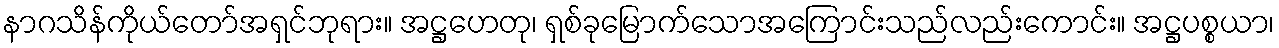
နာဂသိန်ကိုယ်တော်အရှင်ဘုရား။ အဋ္ဌဟေတု၊ ရှစ်ခုမြောက်သောအကြောင်းသည်လည်းကောင်း။ အဋ္ဌပစ္စယာ၊